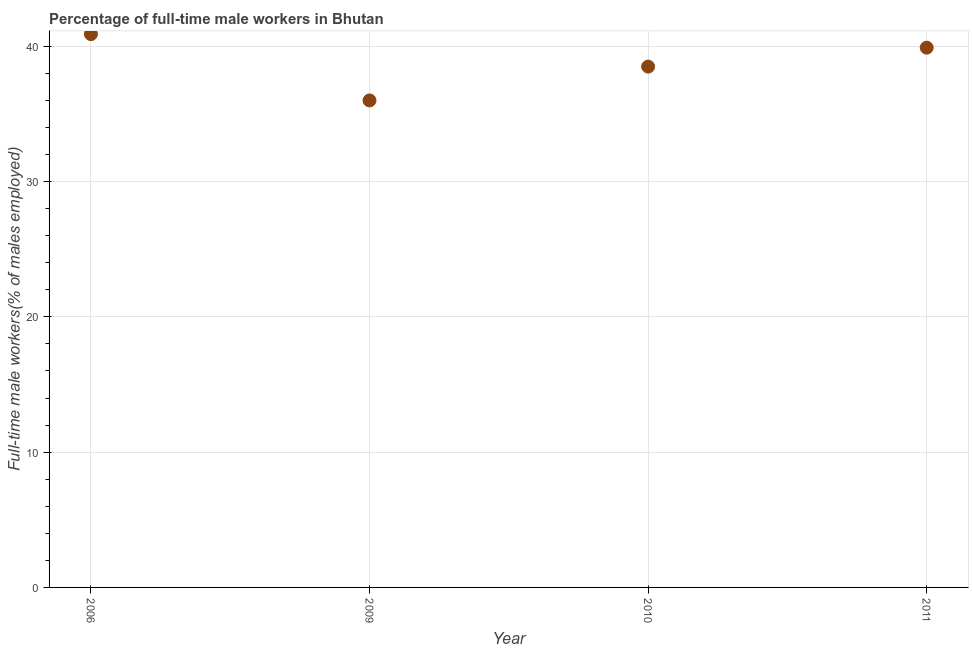
| Year | Wage and salary workers |
 | --- | --- |
 | 2006 | 40.9 |
 | 2009 | 36 |
 | 2010 | 38.5 |
 | 2011 | 39.9 |